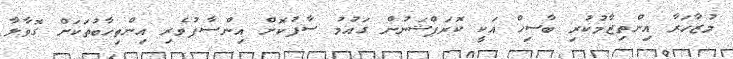
މުޒާހަރާ އިންތިޒާމުކުރި ބާސިހް އަކީ ކޮރަޕްޝަނުން ގައުމު ސާފުކޮށް އިންސާފުވެރި އިންތިހާބުތަކަށް ގޮވާލާ